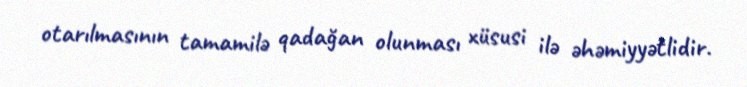
otarılmasının tamamilə qadağan olunması xüsusi ilə əhəmiyyətlidir.